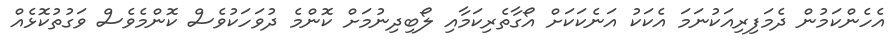
އެހެންކަމުން ދެމަފިރިއަކުނަމަ އެކަކު އަނެކަކަށް އޯގާތެރިކަމާއި ލޯބިދިނުމަށް ކޮންމެ ދުވަހަކުވެސް ކޮންމެވެސް ވަގުތުކޮޅެއް